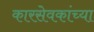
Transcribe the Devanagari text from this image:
कारसेवकांच्या